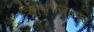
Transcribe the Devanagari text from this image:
त्रितुङ्गजनपद